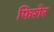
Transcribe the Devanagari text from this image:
फिशेर